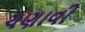
ચણાવી